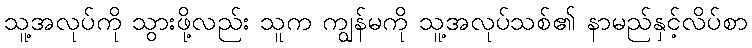
သူ့အလုပ်ကို သွားဖို့လည်း သူက ကျွန်မကို သူ့အလုပ်သစ်၏ နာမည်နှင့်လိပ်စာ